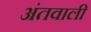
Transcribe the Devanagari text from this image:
अंतवाली